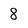
Character: 8